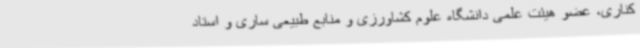
کناری، عضو هیئت علمی دانشگاه علوم کشاورزی و منابع طبیعی ساری و استاد